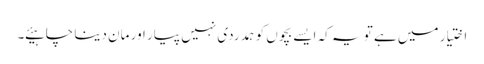
اختیار میں ہے تو یہ کہ ایسے بچوں کو ہمدردی نہیں پیار اور مان دینا چاہیئے ۔